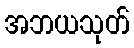
အဘယသုတ်